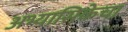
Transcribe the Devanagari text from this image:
अभ्यासिकेचा